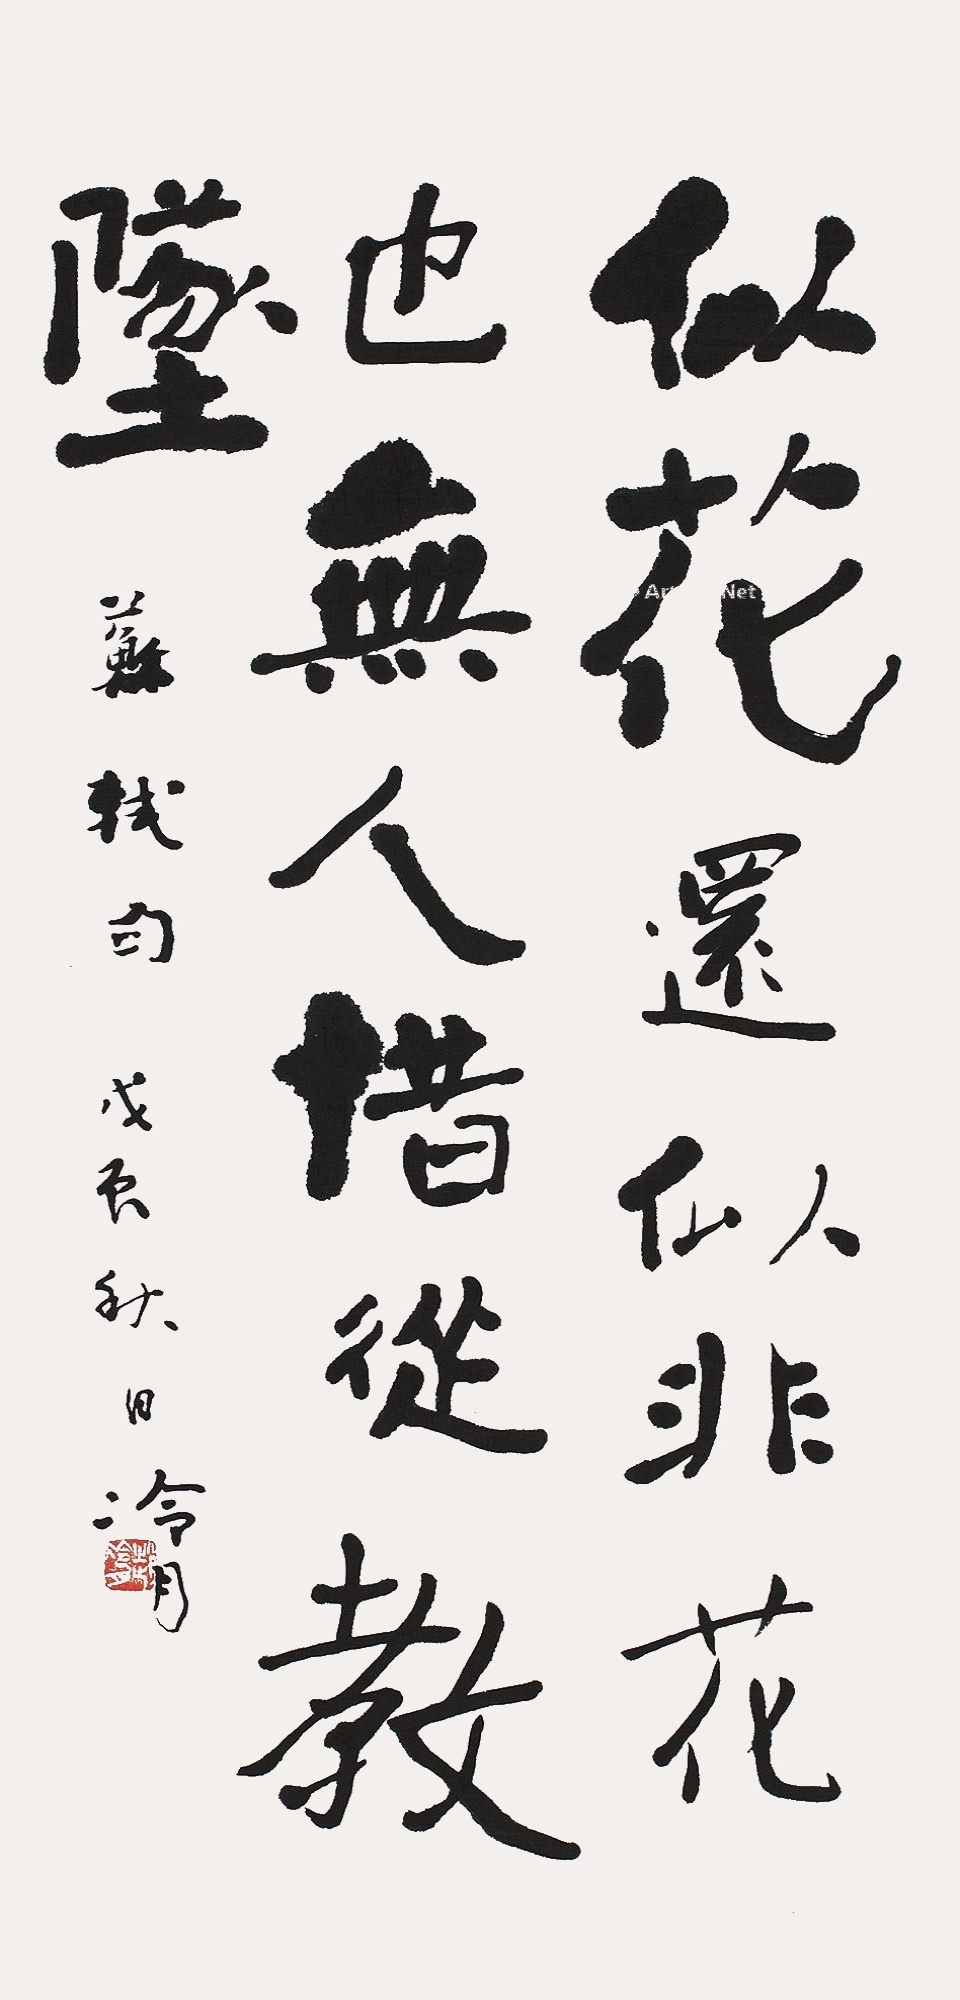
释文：似花还似非花；也无人惜从教坠。戊辰秋日冷月。